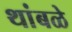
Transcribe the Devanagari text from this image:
थांबळे